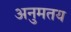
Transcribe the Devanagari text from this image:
अनुमतय